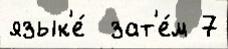
язык'е́  зат'е́м 7